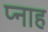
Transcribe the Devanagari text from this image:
प्नाह